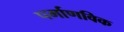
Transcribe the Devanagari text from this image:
पर्माणविक